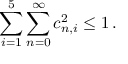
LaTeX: \sum _ { i = 1 } ^ { 5 } \sum _ { n = 0 } ^ { \infty } c _ { n , i } ^ { 2 } \leq 1 \, .